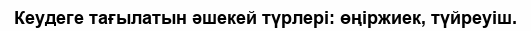
Кеудеге тағылатын әшекей түрлері: өңіржиек, түйреуіш.